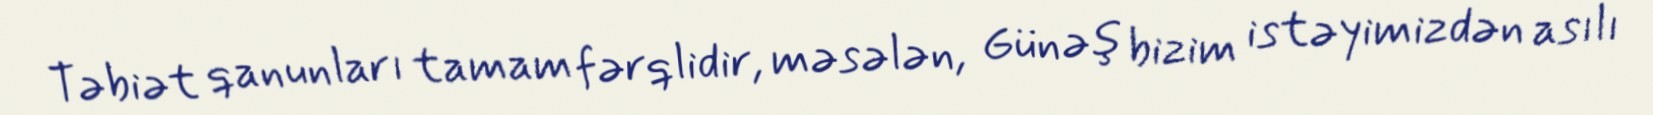
Təbiət qanunları tamam fərqlidir, məsələn, Günəş bizim istəyimizdən asılı